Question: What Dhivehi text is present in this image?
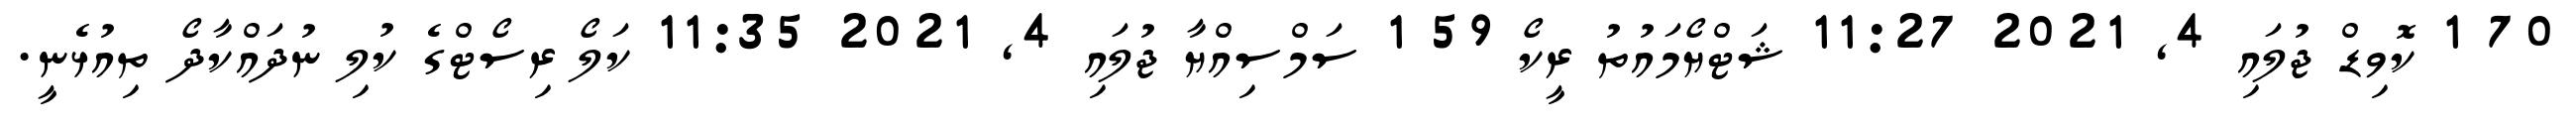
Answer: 70 1 ކޮވިޑް ޖުލައި 4, 2021 11:27 ޝަޓްޔޯމައުތު ރީކޯ 59 1 ސަމްސިއްޔާ ޖުލައި 4, 2021 11:35 ކަލޯ ރިސޯޓްގެ ކުލި ނުދައްކާދޯ ތިއުޅެނީ.